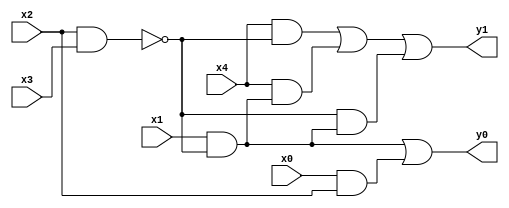
module top(x0, x1, x2, x3, x4, y0, y1);
  input x0, x1, x2, x3, x4;
  output y0, y1;
  wire n6, n7, n8, n9, n10;
  assign n6 = x2 & x3;
  assign n7 = x1 & ~n6;
  assign n8 = x0 & x2;
  assign n9 = n7 | n8;
  assign n10 = (x4 & ~n6) | (x4 & n7) | (~n6 & n7);
  assign y0 = n9;
  assign y1 = n10;
endmodule